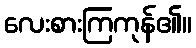
လေးစားကြကုန်၏။